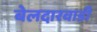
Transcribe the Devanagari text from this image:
बेलदारवाडी